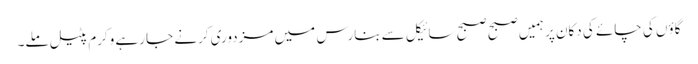
گاؤں کی چائے کی دکان پر ہمیں صبح صبح سائیکل سے بنارس میں مزدوری کرنے جا رہے وکرم پٹیل ملے۔